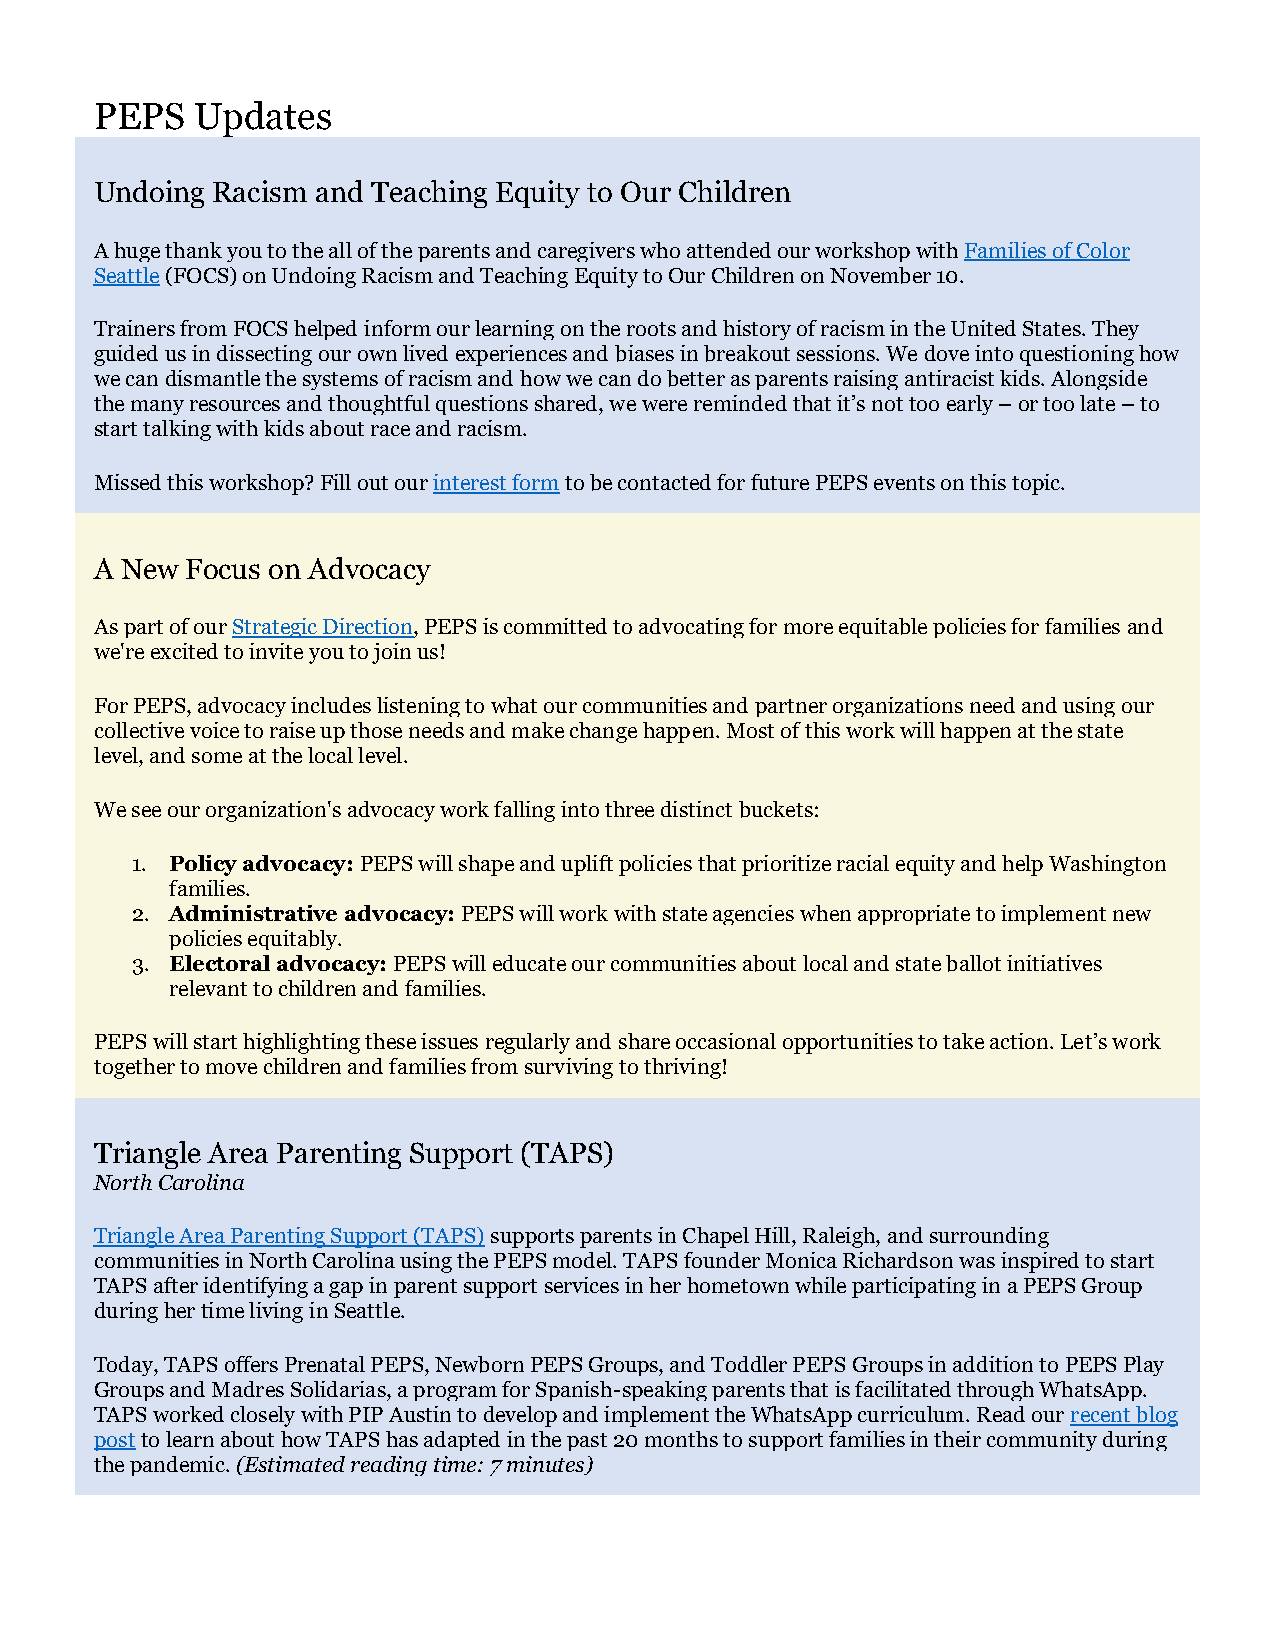
PEPS   Updates
 Undoing Racism and Teaching Equity to Our Children
 A huge thank you to the all of the parents and caregivers who attended our workshop with Families of Color
 Seattle (FOCS) on Undoing Racism and Teaching Equity to Our Children on November 10.
 Trainers from FOCS helped inform our learning on the roots and history of racism in the United States. They
 guided us in dissecting our own lived experiences and biases in breakout sessions. We dove into questioning how
 we can dismantle the systems of racism and how we can do better as parents raising antiracist kids. Alongside
 the many resources and thoughtful questions shared, we were reminded that it’s not too early – or too late – to
 start talking with kids about race and racism.
 Missed this workshop? Fill out our interest form to be contacted for future PEPS events on this topic.
 A New Focus on Advocacy
 As part of our Strategic Direction, PEPS is committed to advocating for more equitable policies for families and
 we're excited to invite you to join us!
 For PEPS, advocacy includes listening to what our communities and partner organizations need and using our
 collective voice to raise up those needs and make change happen. Most of this work will happen at the state
 level, and some at the local level.
 We see our organization's advocacy work falling into three distinct buckets:
 1. Policy advocacy: PEPS will shape and uplift policies that prioritize racial equity and help Washington
 families.
 2. Administrative advocacy: PEPS will work with state agencies when appropriate to implement new
 policies equitably.
 3. Electoral advocacy: PEPS will educate our communities about local and state ballot initiatives
 relevant to children and families.
 PEPS will start highlighting these issues regularly and share occasional opportunities to take action. Let’s work
 together to move children and families from surviving to thriving!
 Triangle Area Parenting Support (TAPS)
 North Carolina
 Triangle Area Parenting Support (TAPS) supports parents in Chapel Hill, Raleigh, and surrounding
 communities in North Carolina using the PEPS model. TAPS founder Monica Richardson was inspired to start
 TAPS after identifying a gap in parent support services in her hometown while participating in a PEPS Group
 during her time living in Seattle.
 Today, TAPS offers Prenatal PEPS, Newborn PEPS Groups, and Toddler PEPS Groups in addition to PEPS Play
 Groups and Madres Solidarias, a program for Spanish-speaking parents that is facilitated through WhatsApp.
 TAPS worked closely with PIP Austin to develop and implement the WhatsApp curriculum. Read our recent blog
 post to learn about how TAPS has adapted in the past 20 months to support families in their community during
 the pandemic. (Estimated reading time: 7 minutes)